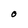
Character: O